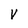
Character: v